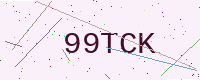
Text: 99TCK